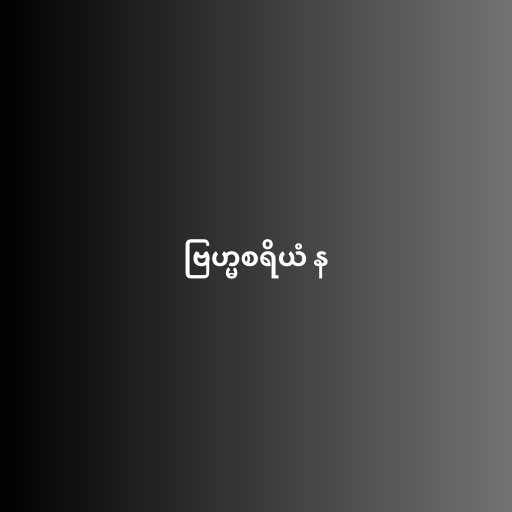
ဗြဟ္မစရိယံ န